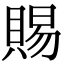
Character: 賜